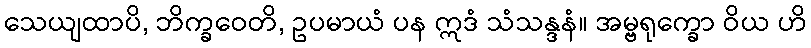
သေယျထာပိ, ဘိက္ခဝေတိ, ဥပမာယံ ပန ဣဒံ သံသန္ဒနံ။ အမ္ဗရုက္ခော ဝိယ ဟိ